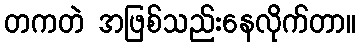
တကတဲ အဖြစ်သည်းနေလိုက်တာ။